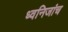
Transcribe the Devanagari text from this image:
ध्वनिजांच